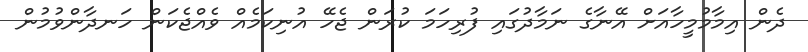
ދެން އިމާމުމީހާއަށް އޭނާގެ ނަމާދުގައި ފުރިހަމަ ކުރަން ޖެހޭ އުނިކަމެއް ވެއްޖެކަން ހަނދާންވުމުން